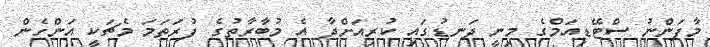
މާފަންނު ސްޓޭޑިއަމްގެ މިނީ ދަނޑުގައި ކުރިއަށްދާ އެ މުބާރާތުގެ ފުރަތަމަ މެޗަކީ އަންހެން